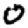
Digit: 0